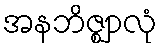
အနဘိဇ္ဈာလုံ